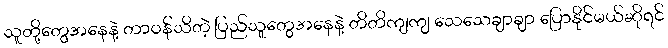
သူတို့တွေအနေနဲ့ တာဝန်သိတဲ့ ပြည်သူတွေအနေနဲ့ တိတိကျကျ သေသေချာချာ ပြောနိုင်မယ်ဆိုရင်